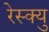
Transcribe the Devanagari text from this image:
रेस्क्यु